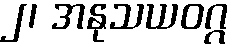
၂၊ အနုသယဝဂ္ဂ